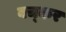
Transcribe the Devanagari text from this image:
बच्कर